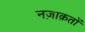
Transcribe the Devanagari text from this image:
नज़ाक़तों